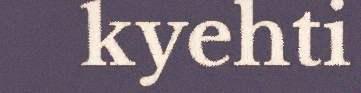
kyehti